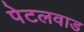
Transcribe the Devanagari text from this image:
पेटलवाड